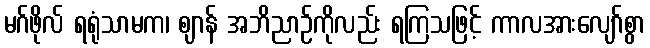
မဂ်ဖိုလ် ရရုံသာမက၊ ဈာန် အဘိညာဉ်ကိုလည်း ရကြသဖြင့် ကာလအားလျော်စွာ